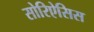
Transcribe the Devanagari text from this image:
सोरिऐसिस